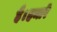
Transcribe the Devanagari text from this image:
है।हमारे